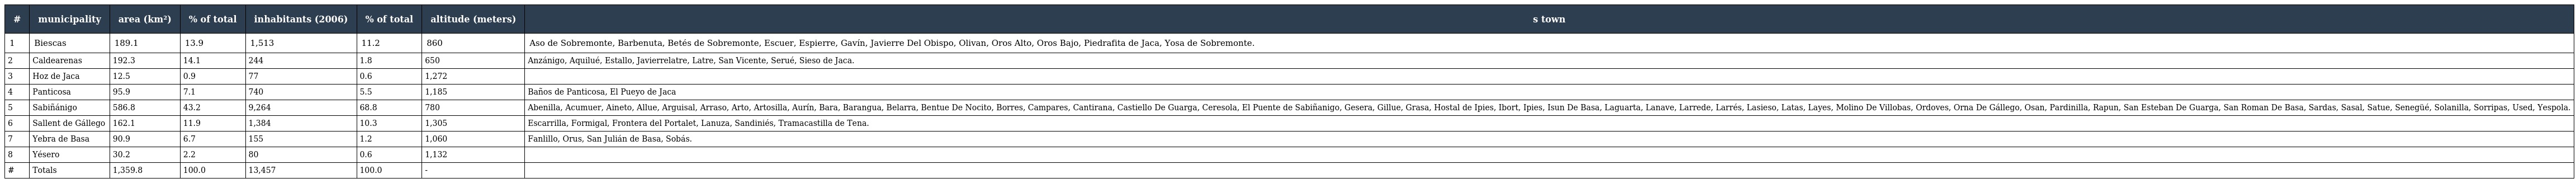
| # | municipality | area (km²) | % of total | inhabitants (2006) | % of total | altitude (meters) | s town |
 | --- | --- | --- | --- | --- | --- | --- | --- |
 | 1 | Biescas | 189.1 | 13.9 | 1,513 | 11.2 | 860 | Aso de Sobremonte, Barbenuta, Betés de Sobremonte, Escuer, Espierre, Gavín, Javierre Del Obispo, Olivan, Oros Alto, Oros Bajo, Piedrafita de Jaca, Yosa de Sobremonte. |
 | 2 | Caldearenas | 192.3 | 14.1 | 244 | 1.8 | 650 | Anzánigo, Aquilué, Estallo, Javierrelatre, Latre, San Vicente, Serué, Sieso de Jaca. |
 | 3 | Hoz de Jaca | 12.5 | 0.9 | 77 | 0.6 | 1,272 |  |
 | 4 | Panticosa | 95.9 | 7.1 | 740 | 5.5 | 1,185 | Baños de Panticosa, El Pueyo de Jaca |
 | 5 | Sabiñánigo | 586.8 | 43.2 | 9,264 | 68.8 | 780 | Abenilla, Acumuer, Aineto, Allue, Arguisal, Arraso, Arto, Artosilla, Aurín, Bara, Barangua, Belarra, Bentue De Nocito, Borres, Campares, Cantirana, Castiello De Guarga, Ceresola, El Puente de Sabiñanigo, Gesera, Gillue, Grasa, Hostal de Ipies, Ibort, Ipies, Isun De Basa, Laguarta, Lanave, Larrede, Larrés, Lasieso, Latas, Layes, Molino De Villobas, Ordoves, Orna De Gállego, Osan, Pardinilla, Rapun, San Esteban De Guarga, San Roman De Basa, Sardas, Sasal, Satue, Senegüé, Solanilla, Sorripas, Used, Yespola. |
 | 6 | Sallent de Gállego | 162.1 | 11.9 | 1,384 | 10.3 | 1,305 | Escarrilla, Formigal, Frontera del Portalet, Lanuza, Sandiniés, Tramacastilla de Tena. |
 | 7 | Yebra de Basa | 90.9 | 6.7 | 155 | 1.2 | 1,060 | Fanlillo, Orus, San Julián de Basa, Sobás. |
 | 8 | Yésero | 30.2 | 2.2 | 80 | 0.6 | 1,132 |  |
 | # | Totals | 1,359.8 | 100.0 | 13,457 | 100.0 | - |  |